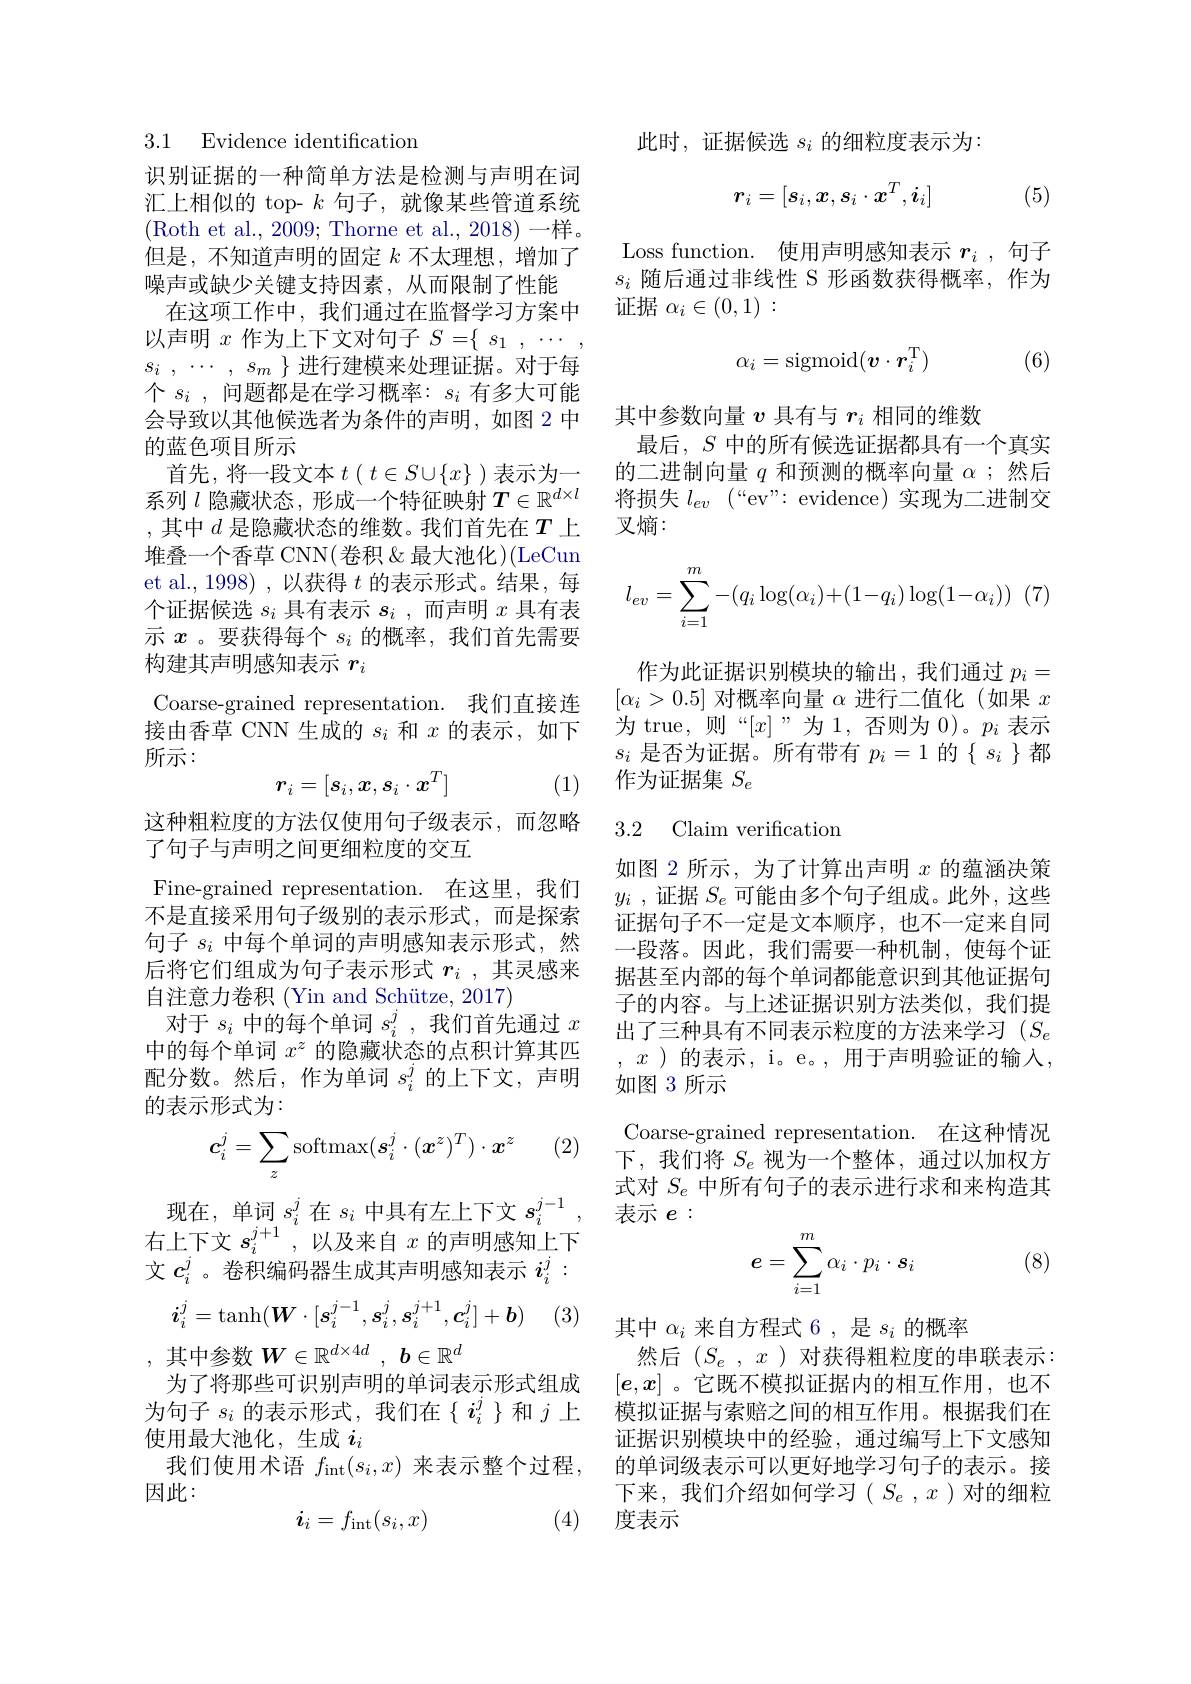
### 3.1 Evidence identification

识别证据的一种简单方法是检测与声明在词汇上相似的 top- $k$句子，就像某些管道系统(Roth et al., 2009; Thorne et al., 2018)一样。但是，不知道声明的固定$k$不太理想，增加了噪声或缺少关键支持因素，从而限制了性能在这项工作中，我们通过在监督学习方案中以声明$x$作为上下文对句子$S=\{\begin{array}{c}s_1&,&\cdots\\\end{array}$ $s_i$ , $\cdots$ , $s_m$ $\}$ 进行建模来处理证据。对于每个$s_i$,问题都是在学习概率：$s_i$有多大可能会导致以其他候选者为条件的声明，如图 2 中的蓝色项目所示
首先，将一段文本$t\left(t\in S\cup\{x\}\right)$表示为一系列$l$隐藏状态，形成一个特征映射$T\in\mathbb{R}^d\times l$ ,其中$d$ 是隐藏状态的维数。我们首先在$T$上堆叠一个香草 CNN(卷积&最大池化)(LeCun et al., 1998) , 以获得$t$的表示形式。结果，每个证据候选$s_i$具有表示$s_i$ ,而声明$x$具有表示$x$ 。要获得每个$s_i$的概率，我们首先需要构建其声明感知表示$r_i$
Coarse-grained representation.我们直接连接由香草 CNN 生成的$s_i$和$x$的表示，如下所示：
$$r_i=[s_i,x,s_i\cdot x^T]$$
(1)

这种粗粒度的方法仅使用句子级表示，而忽略
了句子与声明之间更细粒度的交互
Fine-grained representation. 在这里，我们不是直接采用句子级别的表示形式，而是探索句子$s_i$中每个单词的声明感知表示形式，然后将它们组成为句子表示形式$r_i$ ,其灵感来自注意力卷积(Yin and Schütze, 2017)
对于$s_i$中的每个单词$s_i^j$,我们首先通过$x$ 中的每个单词$x^z$的隐藏状态的点积计算其匹配分数。然后，作为单词$s_i^j$的上下文，声明的表示形式为：

(2)
$$c_i^j=\sum_z\text{softmax}(\boldsymbol{s}_i^j\cdot(\boldsymbol{x}^z)^T)\cdot\boldsymbol{x}^z$$
现在，单词$s_i^j$在$s_i$中具有左上下文$s_i^j-1$, 右上下文$s_i^{j+1}$,以及来自$x$的声明感知上下文$c_i^j$。卷积编码器生成其声明感知表示$i_i^j$
$$i_i^j=\tanh(\boldsymbol{W}\cdot[\boldsymbol{s}_i^{j-1},\boldsymbol{s}_i^j,\boldsymbol{s}_i^{j+1},\boldsymbol{c}_i^j]+\boldsymbol{b})$$
(3

,其中参数$W\in\mathbb{R}^d\times4d,b\in\mathbb{R}^d$
为了将那些可识别声明的单词表示形式组成

为句子$s_i$的表示形式，我们在$\{i_i^j\}$和$j$上
使用最大池化，生成$i_i$
我们使用术语 $f_{\mathrm{int}}(s_i,x)$ 来表示整个过程，
因此：
$$\boldsymbol{i}_i=f_{\mathrm{int}}(s_i,x)$$
(4)

此时，证据候选$s_i$的细粒度表示为：
$$r_i=[s_i,\boldsymbol{x},\boldsymbol{s}_i\cdot\boldsymbol{x}^T,\boldsymbol{i}_i]$$
(5)

Loss function. 使用声明感知表示$r_i$ ,句子$s_i$随后通过非线性 S 形函数获得概率，作为证据$\alpha_i\in(0,1):$

(6)
$$\alpha_i=\mathrm{sigmoid}(\boldsymbol{v}\cdot\boldsymbol{r}_i^\mathrm{T})$$
其中参数向量$v$具有与$r_i$相同的维数
最后，$S$中的所有候选证据都具有一个真实的二进制向量$q$和预测的概率向量$\alpha$ ;然后将损失$l_ev$ $( “$ev" : evidence) 实现为二进制交叉熵：
$$l_{ev}=\sum\limits_{i=1}^m-(q_i\log(\alpha_i)+(1-q_i)\log(1-\alpha_i))$$
作为此证据识别模块的输出，我们通过$p_i=$ $[\alpha_{i}>0.5]$对概率向量$\alpha$进行二值化(如果$x$ 为 true, 则“$[x]$”为1，否则为$0)。p_i$表示$s_i$是否为证据。所有带有$p_i=1$的$\{s_i\}$都作为证据集$S_e$

### 3.2 Claim verification

如图 2 所示，为了计算出声明$x$的蕴涵决策$y_i$ ,证据$S_e$可能由多个句子组成。此外，这些证据句子不一定是文本顺序，也不一定来自同一段落。因此，我们需要一种机制，使每个证据甚至内部的每个单词都能意识到其他证据句子的内容。与上述证据识别方法类似，我们提出了三种具有不同表示粒度的方法来学习($S_e$ , $x$)的表示，i。e。,用于声明验证的输入， 如图 3 所示
Coarse-grained representation.在这种情况下，我们将$S_e$视为一个整体，通过以加权方式对$S_e$中所有句子的表示进行求和来构造其表示$e:$
$$\begin{aligned}e&=\sum_{i=1}^m\alpha_i\cdot p_i\cdot s_i\end{aligned}$$
(8)

其中$\alpha_i$来自方程式 6 ,是$s_i$的概率
然后 $( S_{e}$ , $x$ ) 对获得粗粒度的串联表示： $[e,x]$ 。它既不模拟证据内的相互作用，也不模拟证据与索赔之间的相互作用。根据我们在证据识别模块中的经验，通过编写上下文感知的单词级表示可以更好地学习句子的表示。接下来，我们介绍如何学习$(S_e,x)$对的细粒度表示